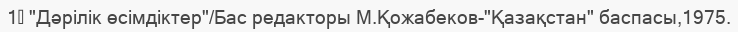
1↑ "Дәрілік өсімдіктер"/Бас редакторы М.Қожабеков-"Қазақстан" баспасы,1975.